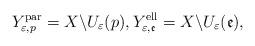
LaTeX: \begin{align*}Y^{\mathrm{par}}_{\varepsilon,p}=X\backslash U_{\varepsilon}(p), Y^{\mathrm{ell}}_{\varepsilon,\mathfrak{e}}=X\backslash U_{\varepsilon}(\mathfrak{e}),\end{align*}